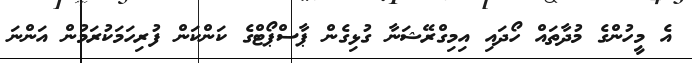
އެ މީހުންގެ މުދާތައް ހޯދައި އިމިގްރޭޝަނާ ގުޅިގެން ޕާސްޕޯޓްގެ ކަންކަން ފުރިހަމަކުރަމުން އަންނަ